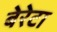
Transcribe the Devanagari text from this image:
बेरेटा